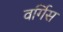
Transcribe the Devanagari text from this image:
वर्गिस